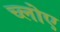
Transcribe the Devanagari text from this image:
च्लोए